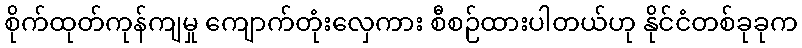
စိုက်ထုတ်ကုန်ကျမှု ကျောက်တုံးလှေကား စီစဉ်ထားပါတယ်ဟု နိုင်ငံတစ်ခုခုက